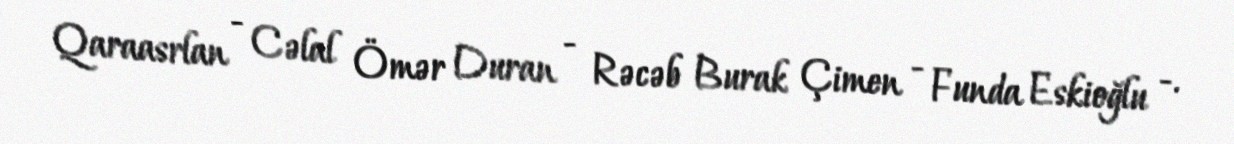
Qaraasrlan - Cəlal Ömər Duran - Rəcəb Burak Çimen - Funda Eskioğlu -.